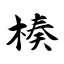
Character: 楱